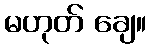
မဟုတ် ချေ။